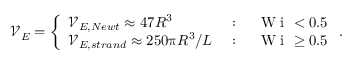
\mathcal { V } _ { E } = \left\{ \begin{array} { l l } { \mathcal { V } _ { E , N e w t } \approx 4 7 R ^ { 3 } } & { \mathrm { ~ : ~ } \quad \mathrm { ~ W ~ i ~ } < 0 . 5 } \\ { \mathcal { V } _ { E , s t r a n d } \approx 2 5 0 \uppi R ^ { 3 } / L } & { \mathrm { ~ : ~ } \quad \mathrm { ~ W ~ i ~ } \geq 0 . 5 } \end{array} \right. .